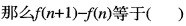
那么f(n+1)-f(n)等于( )